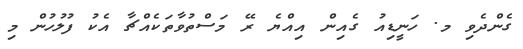
ގެންދެވި މ. ހަނީޑިއު ގެއިން އިއްޔެ ރޭ މަސްތުވާތަކެއްޗާ އެކު ފުލުހުން މި